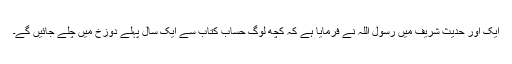
ایک اور حدیث شریف میں رسول اللہ نے فرمایا ہے کہ کچھ لوگ حساب کتاب سے ایک سال پہلے دوزخ میں چلے جائیں گے۔